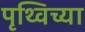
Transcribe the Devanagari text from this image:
पृथ्विच्या